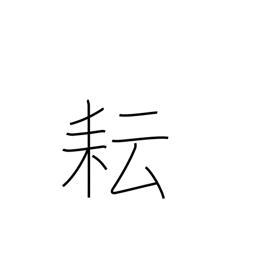
Meaning: weed